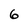
Character: 6